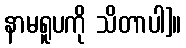
နာမရူပကို သိတာပါ]။